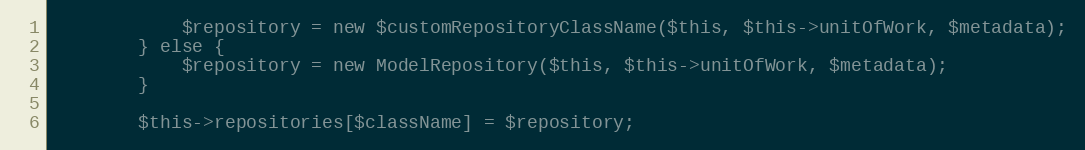
Language: PHP
            $repository = new $customRepositoryClassName($this, $this->unitOfWork, $metadata);
        } else {
            $repository = new ModelRepository($this, $this->unitOfWork, $metadata);
        }

        $this->repositories[$className] = $repository;